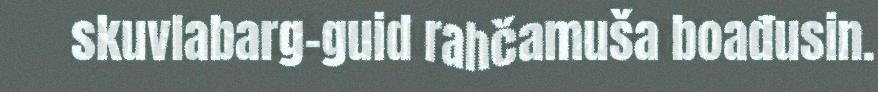
skuvlabarg-guid rahčamuša boađusin.